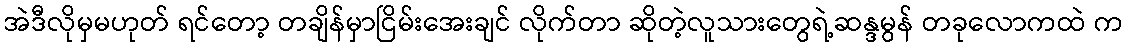
အဲဒီလိုမှမဟုတ် ရင်တော့ တချိန်မှာငြိမ်းအေးချင် လိုက်တာ ဆိုတဲ့လူသားတွေရဲ့ဆန္ဒမွန် တခုလောကထဲ က